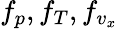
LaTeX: f_{p},f_{T},f_{v_{x}}